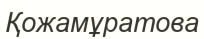
Қожамұратова